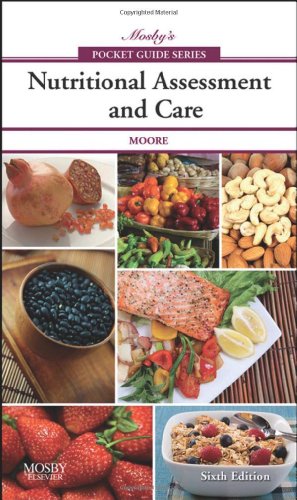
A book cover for Mosby's Pocket Guide to Nutritional Assessment and Care, 6e (Nursing Pocket Guides); Mary Courtney Moore PhD  RN  RD  CNSN; Medical Books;